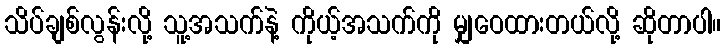
သိပ်ချစ်လွန်းလို့ သူ့အသက်နဲ့ ကိုယ့်အသက်ကို မျှဝေထားတယ်လို့ ဆိုတာပါ။